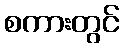
စကားတွင်